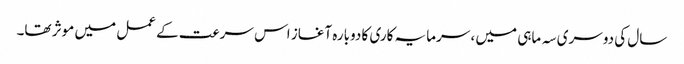
سال کی دوسری سہ ماہی میں ، سرمایہ کاری کا دوبارہ آغاز اس سرعت کے عمل میں موثر تھا۔